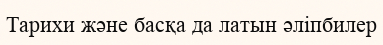
Тарихи және басқа да латын әліпбилер